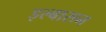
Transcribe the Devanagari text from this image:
इल्बासन